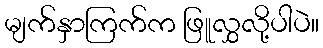
မျက်နှာကြက်က ဖြူလွှလို့ပါပဲ။